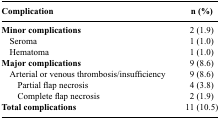
<table><thead><tr><td><b>Complication</b></td><td><b>n (%)</b></td></tr></thead><tbody><tr><td><b>Minor complications</b></td><td>2 (1.9)</td></tr><tr><td> Seroma</td><td>1 (1.0)</td></tr><tr><td> Hematoma</td><td>1 (1.0)</td></tr><tr><td><b>Major complications</b></td><td>9 (8.6)</td></tr><tr><td> Arterial or venous thrombosis/insufficiency</td><td>9 (8.6)</td></tr><tr><td>Partial flap necrosis</td><td>4 (3.8)</td></tr><tr><td>Complete flap necrosis</td><td>2 (1.9)</td></tr><tr><td><b>Total complications</b></td><td>11 (10.5)</td></tr></tbody></table>